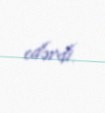
edərdi.